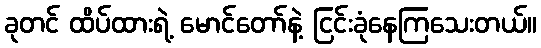
ခုတင် ထိပ်ထားရဲ့ မောင်တော်နဲ့ ငြင်းခုံနေကြသေးတယ်။